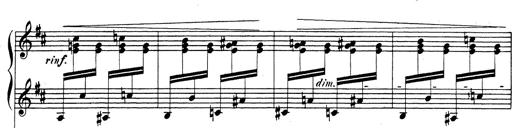
Title: Rhapsodie espagnole
Composer: Franz Liszt